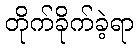
တိုက်ခိုက်ခဲ့ရာ